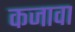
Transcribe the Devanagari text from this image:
कजावा